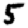
Digit: 5